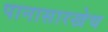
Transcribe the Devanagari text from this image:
पानासारखेच